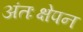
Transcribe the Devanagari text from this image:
अंतःक्षेपन